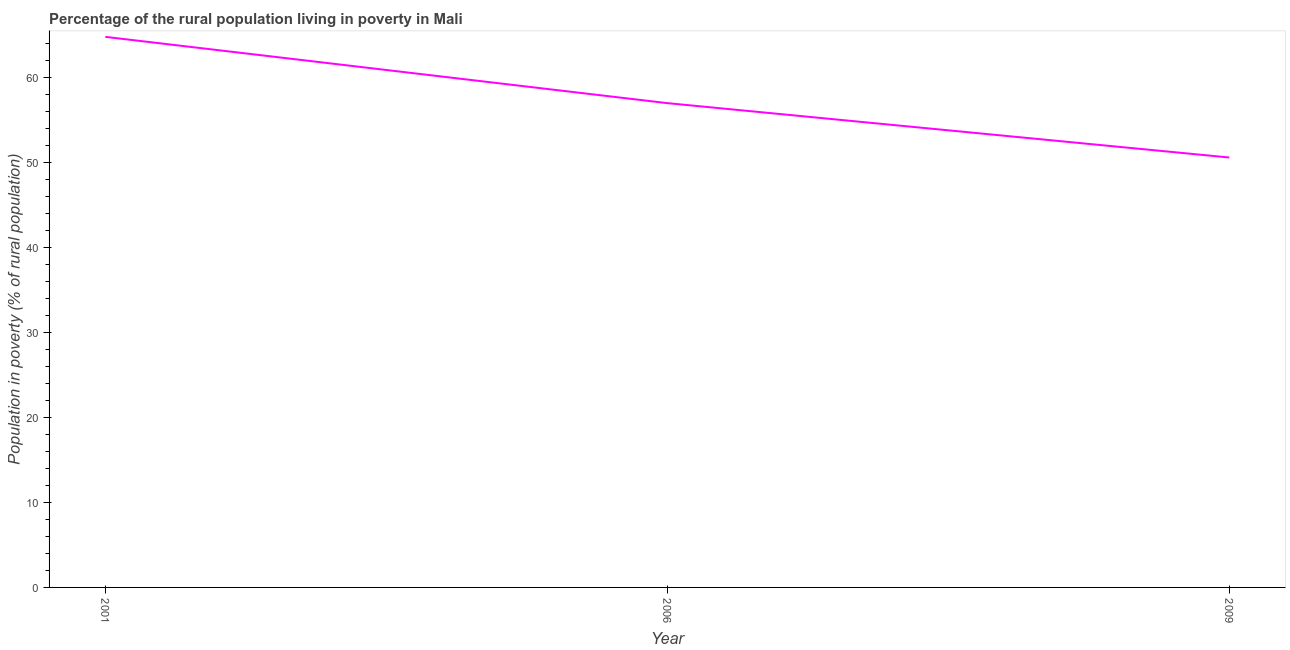
| Year | Rural poverty headcount ratio |
 | --- | --- |
 | 2001 | 64.8 |
 | 2006 | 57 |
 | 2009 | 50.6 |